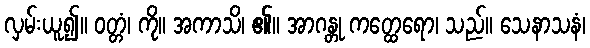
လှမ်းယူ၍။ ဝတ္တံ၊ ကို။ အကာသိ၊ ၏။ အာဂန္တု ကတ္ထေရော၊ သည်။ သေနာသနံ၊